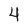
Character: 4